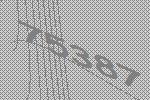
75387